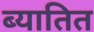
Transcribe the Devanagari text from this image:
ब्यातित